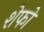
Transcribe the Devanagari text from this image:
शेफो